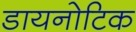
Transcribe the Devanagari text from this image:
डायनोटिक